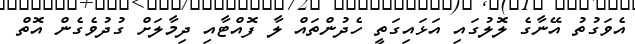
އެވަގުތު އޭނާގެ ލޮލުގައި އަޅައިގަތީ ހެދުންތައް ލާ ފޮއްޓާއި ދިމާލަށް ގުދުވެގެން އޮތް